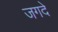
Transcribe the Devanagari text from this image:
जगदे